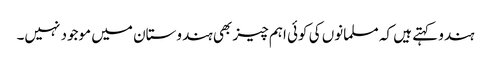
ہندو کہتے ہیں کہ مسلمانوں کی کوئی اہم چیز بھی ہندوستان میں موجود نہیں۔